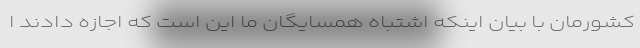
کشورمان با بیان اینکه اشتباه همسایگان ما این است که اجازه دادند ا